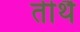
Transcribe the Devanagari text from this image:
तीर्थै